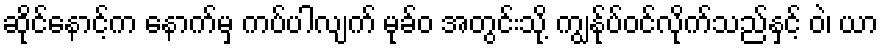
ဆိုင်နောင့်က နောက်မှ ကပ်ပါလျက် မုခ်ဝ အတွင်းသို့ ကျွန်ုပ်ဝင်လိုက်သည်နှင့် ဝဲ၊ ယာ